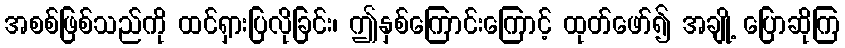
အစစ်ဖြစ်သည်ကို ထင်ရှားပြလိုခြင်း၊ ဤနှစ်ကြောင်းကြောင့် ထုတ်ဖော်၍ အချို့ ပြောဆိုကြ